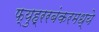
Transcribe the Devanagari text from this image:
फ्युह्ररबंकरमध्ये